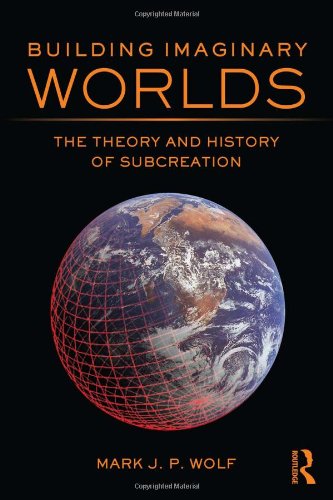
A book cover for Building Imaginary Worlds: The Theory and History of Subcreation; Mark J.P. Wolf; Science Fiction & Fantasy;